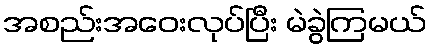
အစည်းအဝေးလုပ်ပြီး မဲခွဲကြမယ်